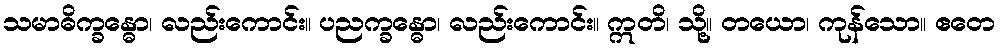
သမာဓိက္ခန္ဓော၊ လည်းကောင်း။ ပညက္ခန္ဓော၊ လည်းကောင်း။ ဣတိ၊ သို့။ တယော၊ ကုန်သော။ ဧတေ